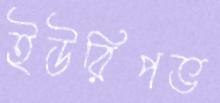
ইউরিপভ